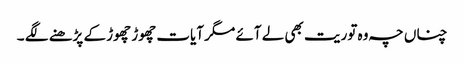
چناں چہ وہ توریت بھی لے آئے مگر آیات چھوڑ چھوڑ کے پڑھنے لگے ۔